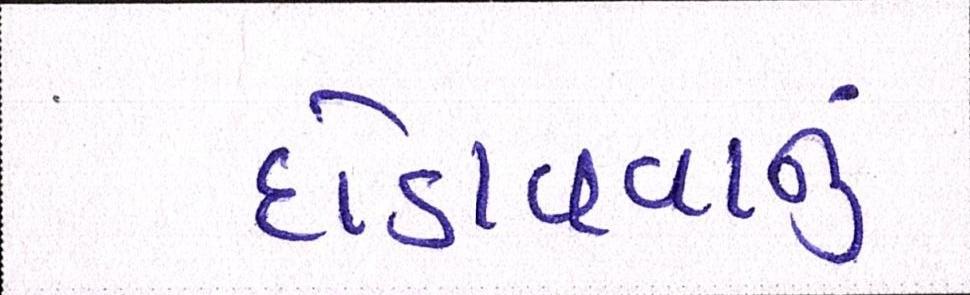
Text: દોડાવવાનું